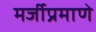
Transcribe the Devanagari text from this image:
मर्जीप्रमाणे